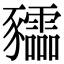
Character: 𧲙